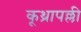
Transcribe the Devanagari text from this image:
कूथ्रापल्ली